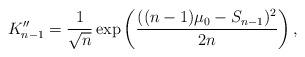
LaTeX: \begin{align*} K_{n-1}'' = \frac{1}{\sqrt{n}} \exp\left( \frac{((n-1)\mu_0 - S_{n-1})^2}{2n} \right),\end{align*}